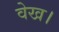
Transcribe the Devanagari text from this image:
वेख।